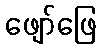
ဖျော်ဖြေ